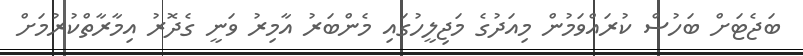
ބަޖެޓަށް ބަހުސް ކުރައްވަމުން މިއަދުގެ މަޖިލީހުގައި މެންބަރު އާމިރު ވަނީ ގެދޮރު އިމާރާތްކުރުމަށް